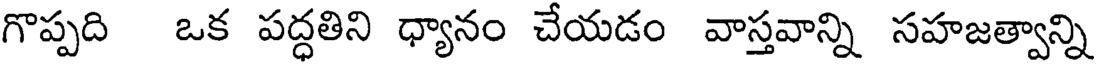
గొప్పది ఒక పద్ధతిని ధ్యానం చేయడం వాస్తవాన్ని సహజత్వాన్ని